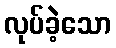
လုပ်ခဲ့သော